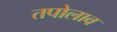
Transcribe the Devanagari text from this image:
तपोलाव